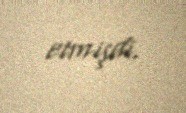
etmişdi.